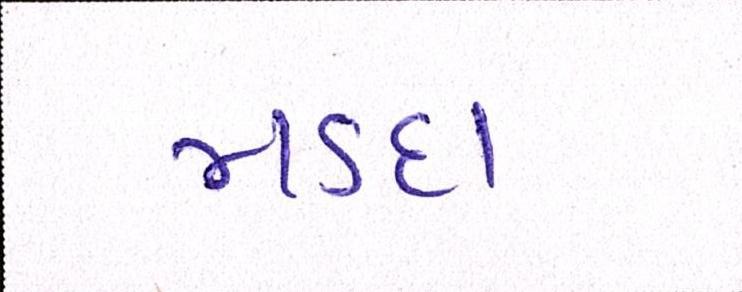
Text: મડદા